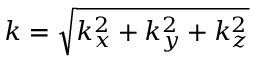
k = \sqrt { k _ { x } ^ { 2 } + k _ { y } ^ { 2 } + k _ { z } ^ { 2 } }